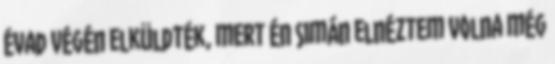
évad végén elküldték, mert én simán elnéztem volna még